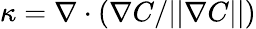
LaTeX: \kappa=\nabla\cdot(\nabla C/||\nabla C||)